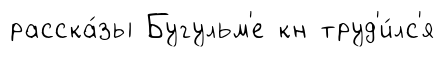
расска́зы Бугульм'е кн труд'и́лс'я